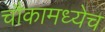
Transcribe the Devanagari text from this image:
चौकामध्येच